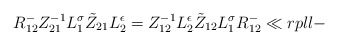
\begin{align*}{R}^-_{12}Z_{21}^{-1}L_{1}^{\sigma}\tilde Z_{21}L_{2}^{\epsilon}= Z_{12}^{-1}L_{2}^{\epsilon}\tilde Z_{12}L_{1}^{\sigma}{R}^-_{12}\ll{rpll-}\end{align*}